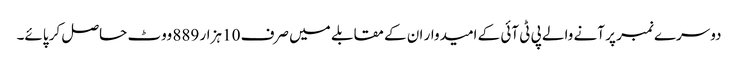
دوسرے نمبر پر آنے والے پی ٹی آئی کے امیدوار ان کے مقابلے میں صرف 10 ہزار 889 ووٹ حاصل کر پائے۔